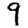
Digit: 9